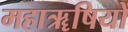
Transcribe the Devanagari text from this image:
महाॠषियों